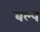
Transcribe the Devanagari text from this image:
बल्प